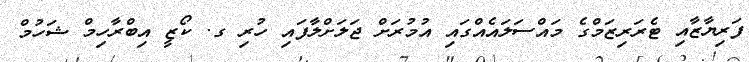
ފަރިޔާޒާއި ޓެރަރިޒަމްގެ މައްސަލައެއްގައި އުމުރަށް ޖަލަށްލާފައި ހުރި ގ. ކޯޒީ އިބްރާހިމް ޝަހުމް